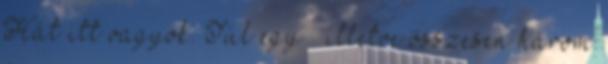
Hát itt vagyok. Túl egy – illetve összesen három